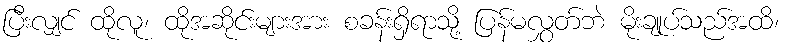
ပြီးလျှင် ထိုလူ၊ ထိုအဆိုင်းများအား စခန်းရှိရာသို့ ပြန်မလွှတ်ဘဲ မိုးချုပ်သည်အထိ၊